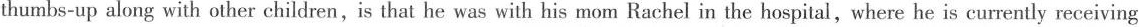
thumbs-up along with other children,is that he was with his mom Rachel in the hospital, where he is currently receiving